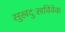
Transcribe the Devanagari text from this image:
सुखदुःखविवेक